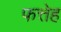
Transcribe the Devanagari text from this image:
फत्तेह